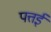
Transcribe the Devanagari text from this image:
पत्तई